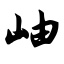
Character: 岫